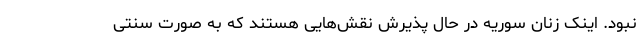
نبود. اینک زنان سوریه در حال پذیرش نقش‌هایی هستند که به صورت سنتی